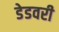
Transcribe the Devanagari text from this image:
डेडवरी